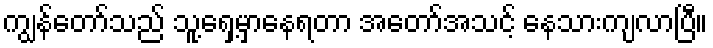
ကျွန်တော်သည် သူ့ရှေ့မှာနေရတာ အတော်အသင့် နေသားကျလာပြီ။